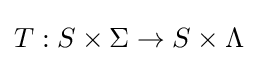
T:S\times \Sigma \rightarrow S\times \Lambda